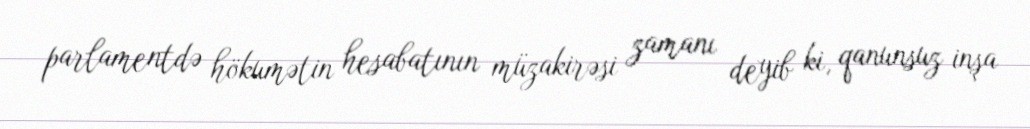
parlamentdə hökumətin hesabatının müzakirəsi zamanı deyib ki, qanunsuz inşa